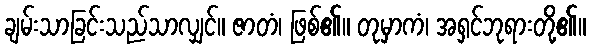
ချမ်းသာခြင်းသည်သာလျှင်။ ဇာတံ၊ ဖြစ်၏။ တုမှာကံ၊ အရှင်ဘုရားတို့၏။